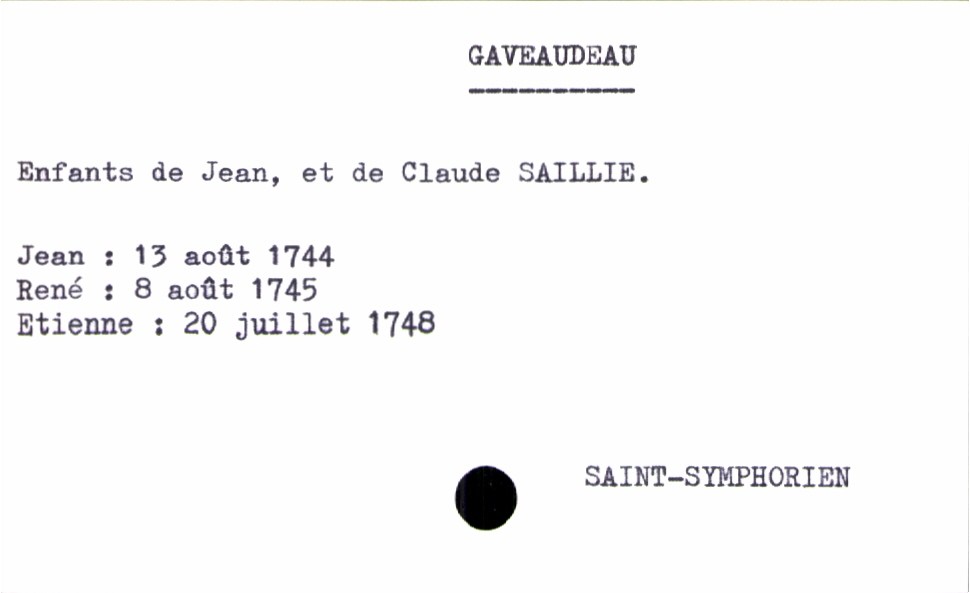
type_acte: Baptême
filiation: fils
enfant_prénom: Etienne
enfant_date_de_naissance: 20 juillet 1748
enfant_lieu_de_naissance: Saint-Symphorien
père_enfant_nom: Gaveaudeau
père_enfant_prénom: Jean
mère_enfant_nom: Saillie
mère_enfant_prénom: Claude